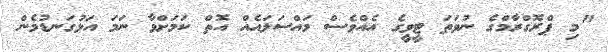
"މި ޕްރޮގްރާމްގެ ނުވަތަ ޓީވީގެ އެއްވެސް މައްސަލައެއް އޮތް ކަމަށްވާ ނަމަ އަޅުގަނޑުމެން